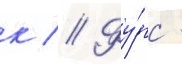
к // Фу́рс -